Civil Veterinary Department. Central Provinces & Berar 1932-41 - 1932-1941
Year: 1932
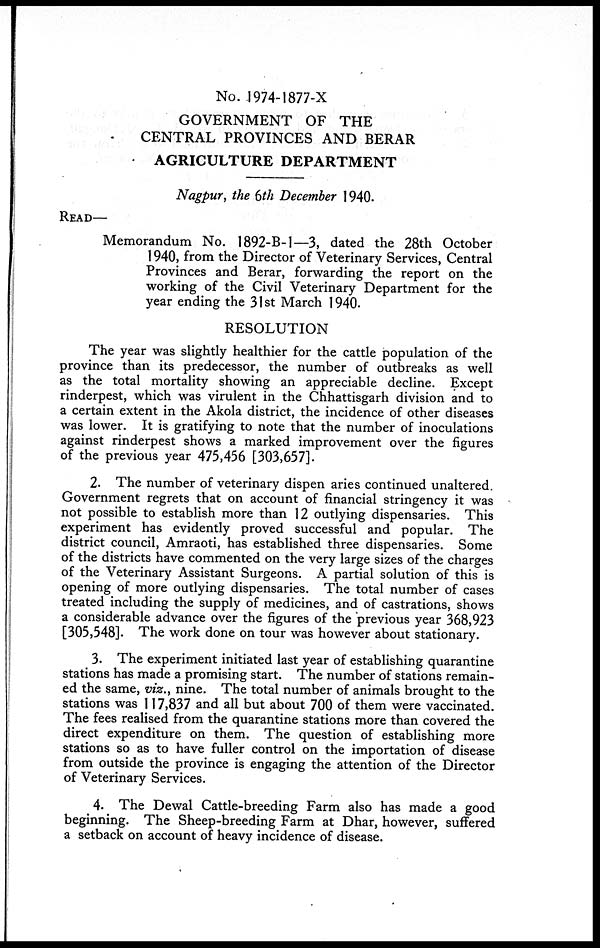
No. 1974-1877-X
GOVERNMENT OF THE
CENTRAL PROVINCES AND BERAR
AGRICULTURE DEPARTMENT
Nagpur, the 6th December 1940.
READ—
Memorandum No. 1892-B-1—3, dated the 28th October
1940, from the Director of Veterinary Services, Central
Provinces and Berar, forwarding the report on the
working of the Civil Veterinary Department for the
year ending the 31st March 1940.
RESOLUTION
The year was slightly healthier for the cattle population of the
province than its predecessor, the number of outbreaks as well
as the total mortality showing an appreciable decline. Except
rinderpest, which was virulent in the Chhattisgarh division and to
a certain extent in the Akola district, the incidence of other diseases
was lower. It is gratifying to note that the number of inoculations
against rinderpest shows a marked improvement over the figures
of the previous year 475,456 [303,657].
2. The number of veterinary dispen aries continued unaltered.
Government regrets that on account of financial stringency it was
not possible to establish more than 12 outlying dispensaries. This
experiment has evidently proved successful and popular. The
district council, Amraoti, has established three dispensaries. Some
of the districts have commented on the very large sizes of the charges
of the Veterinary Assistant Surgeons. A partial solution of this is
opening of more outlying dispensaries. The total number of cases
treated including the supply of medicines, and of castrations, shows
a considerable advance over the figures of the previous year 368,923
[305,548]. The work done on tour was however about stationary.
3. The experiment initiated last year of establishing quarantine
stations has made a promising start. The number of stations remain-
ed the same, viz., nine. The total number of animals brought to the
stations was 117,837 and all but about 700 of them were vaccinated.
The fees realised from the quarantine stations more than covered the
direct expenditure on them. The question of establishing more
stations so as to have fuller control on the importation of disease
from outside the province is engaging the attention of the Director
of Veterinary Services.
4. The Dewal Cattle-breeding Farm also has made a good
beginning. The Sheep-breeding Farm at Dhar, however, suffered
a setback on account of heavy incidence of disease.